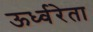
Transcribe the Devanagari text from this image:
ऊर्ध्वरेता